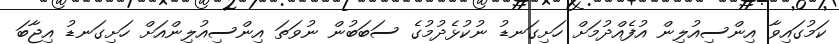
ކަމުގައިވާ އިންސިއުލިން އުފެއްދުމަށް ހަށިގަނޑު ނުކުޅެދުމުގެ ސަބަބުން ނުވަތަ އިންސިއުލިންއަށް ހަށިގަނޑު އިޖާބަ